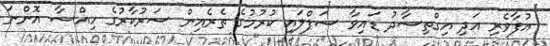
އުފާވެރި އަދި އިގްތިސާދު ޑައިވާ ސަޕްލައި ކުރުމުގެ ތެރެއިން ސަރުކާރުގެ ހިއްސާ އޮންނަ